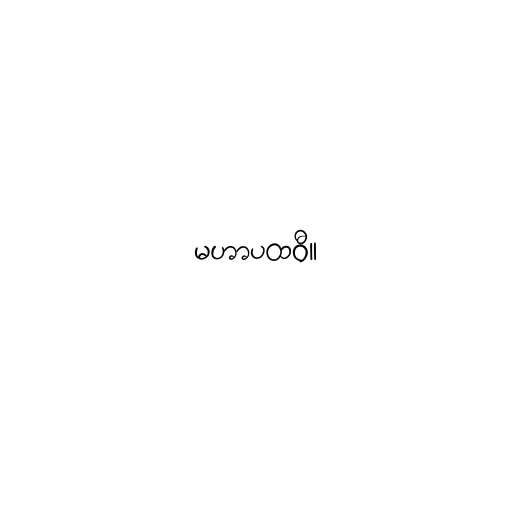
မဟာပထဝီ။